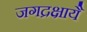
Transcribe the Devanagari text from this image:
जगद्रक्षायै